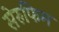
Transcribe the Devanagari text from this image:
सेरुफिम